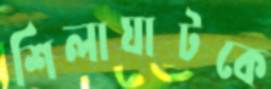
শিলাঘাটকে